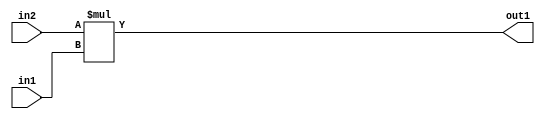
`timescale 1ps / 1ps
/*****************************************************************************
    Verilog RTL Description
    
    
    Created by: Stratus DpOpt 2019.1.01 
*******************************************************************************/

module SobelFilter_Mul_12Sx8U_12S_1 (
	in2,
	in1,
	out1
	); /* architecture "behavioural" */ 
input [11:0] in2;
input [7:0] in1;
output [11:0] out1;
wire [11:0] asc001;

assign asc001 = 
	+(in2 * in1);

assign out1 = asc001;
endmodule

/* CADENCE  ubD4QgE= : u9/ySgnWtBlWxVPRXgAZ4Og= ** DO NOT EDIT THIS LINE ******/